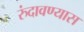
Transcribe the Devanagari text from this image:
रुंदावण्यास